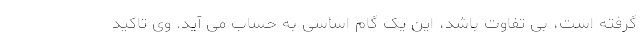
گرفته است، بی تفاوت باشد، این یک گام اساسی به حساب می آید. وی تاکید